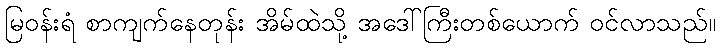
မြဝန်းရံ စာကျက်နေတုန်း အိမ်ထဲသို့ အဒေါ်ကြီးတစ်ယောက် ဝင်လာသည်။